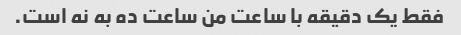
فقط یک دقیقه با ساعت من ساعت ده به نه است.